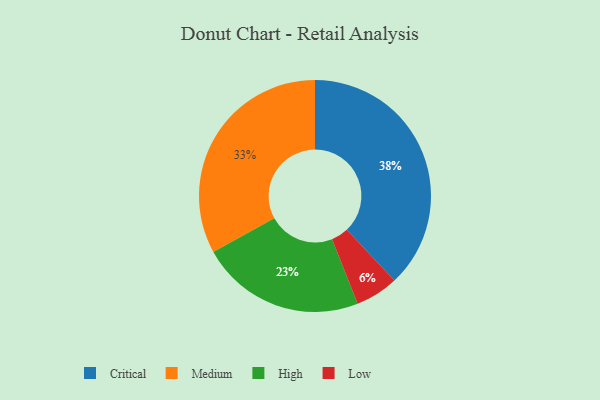
{"axis": {"x": "Category", "y": "Percentage"}, "legend": ["Critical", "High", "Low", "Medium"], "data": [{"x": "High", "y": 23, "type": "High"}, {"x": "Low", "y": 6, "type": "Low"}, {"x": "Medium", "y": 33, "type": "Medium"}, {"x": "Critical", "y": 38, "type": "Critical"}]}